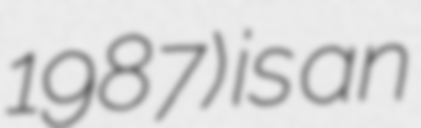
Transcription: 1987) is an